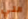
التي